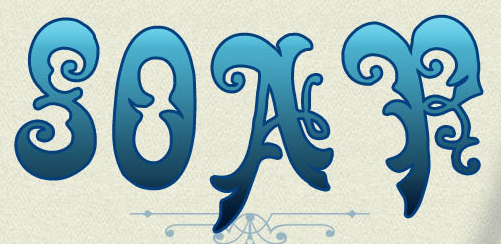
SOAR